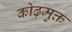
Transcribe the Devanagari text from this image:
कोढ़मुक्त